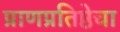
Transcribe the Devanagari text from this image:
प्राणप्रतिष्ठेचा